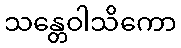
သန္တေဝါသိကော